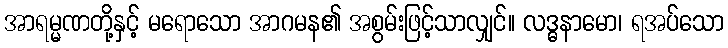
အာရမ္မဏတို့နှင့် မရောသော အာဂမန၏ အစွမ်းဖြင့်သာလျှင်။ လဒ္ဓနာမော၊ ရအပ်သော